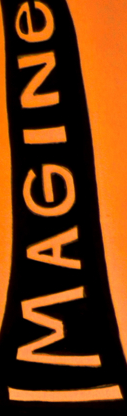
IMAGINe